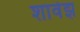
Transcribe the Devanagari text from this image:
शावेझ